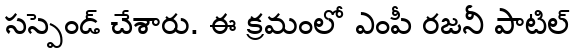
సస్పెండ్ చేశారు. ఈ క్రమంలో ఎంపీ రజనీ పాటిల్